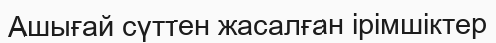
Ашығай сүттен жасалған ірімшіктер